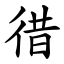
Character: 徣